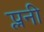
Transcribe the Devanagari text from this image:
प्लनी